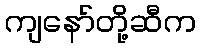
ကျနော်တို့ဆီက